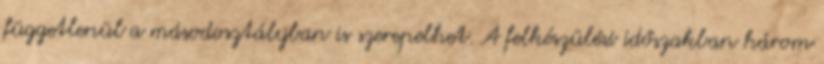
függetlenül a másodosztályban is szerepelhet. A felkészülési időszakban három